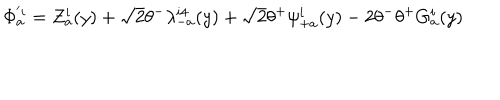
\Phi _ { a } ^ { ' i } = Z _ { a } ^ { i } ( y ) + \sqrt 2 \theta ^ { - } \lambda _ { - a } ^ { i 4 } ( y ) + \sqrt 2 \theta ^ { + } \psi _ { + a } ^ { i } ( y ) - 2 \theta ^ { - } \theta ^ { + } G _ { a } ^ { i } ( y )